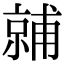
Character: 𬽙